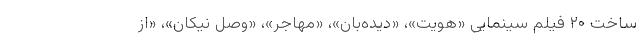
ساخت ۲۰ فیلم سینمایی «هویت»، «دیده‌بان»، «مهاجر»، «وصل نیکان»، «از